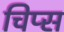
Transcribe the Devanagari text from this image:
चिप्‍स